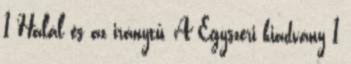
1 Halál és az iránytű, A Egyszeri kiadvány 1